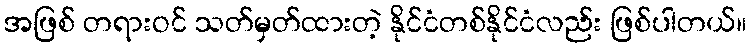
အဖြစ် တရားဝင် သတ်မှတ်ထားတဲ့ နိုင်ငံတစ်နိုင်ငံလည်း ဖြစ်ပါတယ်။